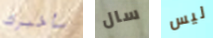
سأخبرك سال ليس